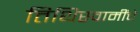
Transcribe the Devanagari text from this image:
तिथिस्वामींचे